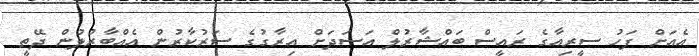
އެއަށް ފަހު ސީރިއާގެ ރައީސް ބައްޝާރުލް އަސަދަށް އިރާގުގެ ސަރުކާރުން އެއްބާރުލުން ދޭތީ